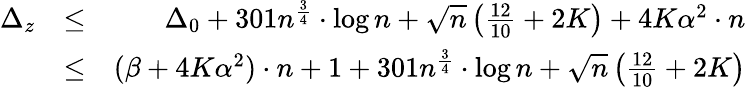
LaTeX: \begin{array}{rlr}{\Delta_{z}}&{\leq}&{\Delta_{0}+301n^{\frac{3}{4}}\cdot\log{n}+\sqrt{n}\left(\frac{12}{10}+2K\right)+4K\alpha^{2}\cdot n}\\ &{\leq}&{(\beta+4K\alpha^{2})\cdot n+1+301n^{\frac{3}{4}}\cdot\log{n}+\sqrt{n}\left(\frac{12}{10}+2K\right)}\end{array}